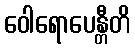
ဝေါရောပေန္တီတိ